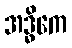
အဒ္ဓိကေ